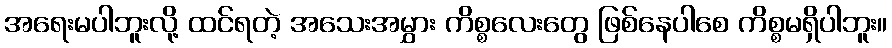
အရေးမပါဘူးလို့ ထင်ရတဲ့ အသေးအမွှား ကိစ္စလေးတွေ ဖြစ်နေပါစေ ကိစ္စမရှိပါဘူး။